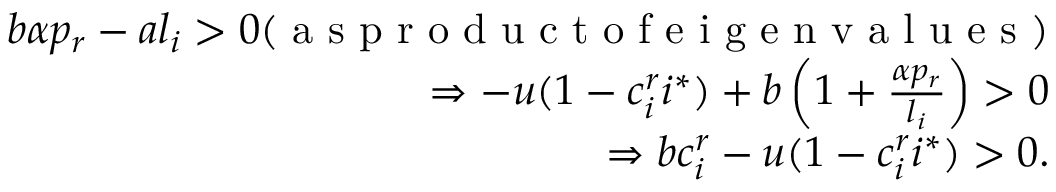
\begin{array} { r } { b \alpha p _ { r } - a l _ { i } > 0 ( \mathrm { ~ a ~ s ~ p ~ r ~ o ~ d ~ u ~ c ~ t ~ o ~ f ~ e ~ i ~ g ~ e ~ n ~ v ~ a ~ l ~ u ~ e ~ s ~ } ) } \\ { \Rightarrow - u ( 1 - c _ { i } ^ { r } i ^ { * } ) + b \left( 1 + \frac { \alpha p _ { r } } { l _ { i } } \right) > 0 } \\ { \Rightarrow b c _ { i } ^ { r } - u ( 1 - c _ { i } ^ { r } i ^ { * } ) > 0 . } \end{array}